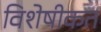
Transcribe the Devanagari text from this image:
विशेषीकत